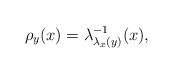
\begin{align*}\rho_{y}(x)=\lambda_{\lambda_{x}(y)}^{-1}(x),\end{align*}